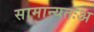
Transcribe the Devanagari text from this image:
सामान्यतःअ